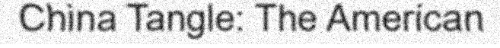
China Tangle: The American